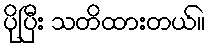
ပိုပြီး သတိထားတယ်။